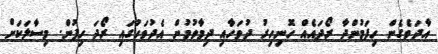
އާދަވެގެން ހިފަމުންދާ ރޯދައެއް ހޮނިހިރު ދުވަހާއި ދިމާވުމުން އެދުވަހުގައި ރޯދަ ހިފުން. މިސާލަކަށް